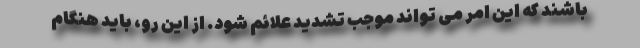
باشند که این امر می تواند موجب تشدید علائم شود. از این رو، باید هنگام